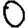
Digit: 0